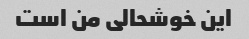
این خوشحالی من است